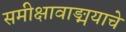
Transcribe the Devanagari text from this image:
समीक्षावाङ्मयाचे